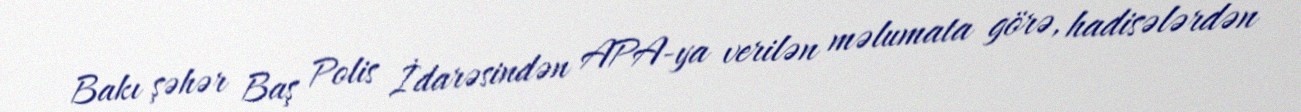
Bakı şəhər Baş Polis İdarəsindən APA-ya verilən məlumata görə, hadisələrdən